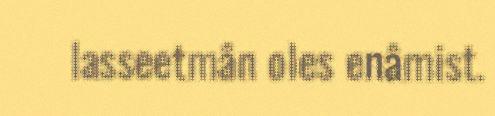
lasseetmân oles enâmist.